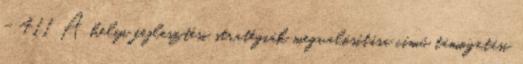
- 411 A helyi fejlesztési stratégiák megvalósítása című támogatási